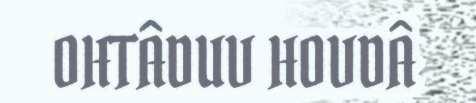
OHTÂDUV HOVDÂ